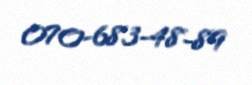
070-683-48-89